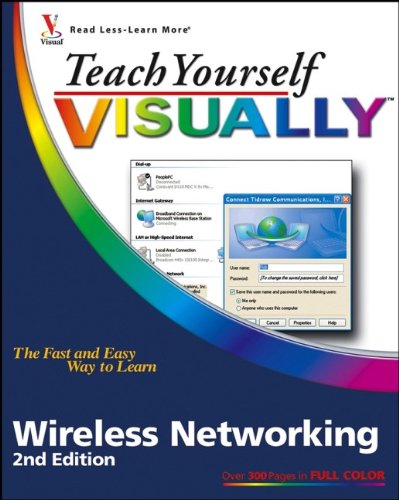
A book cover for Teach Yourself VISUALLY Wireless Networking; Rob Tidrow; Computers & Technology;